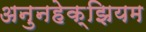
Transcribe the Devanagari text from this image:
अनुनहेक्झियम